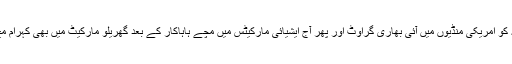
جمعہ کو امریکی منڈیوں میں آئی بھاری گراوٹ اور پھر آج ایشیائی مارکیٹس میں مچے ہاہاکار کے بعد گھریلو مارکیٹ میں بھی کہرام مچ گیا۔